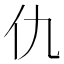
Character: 仇